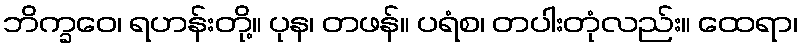
ဘိက္ခဝေ၊ ရဟန်းတို့။ ပုန၊ တဖန်။ ပရံစ၊ တပါးတုံလည်း။ ထေရာ၊